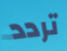
تردد